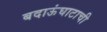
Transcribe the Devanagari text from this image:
बदाऊंघाटाची